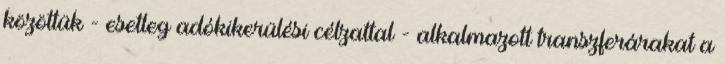
közöttük - esetleg adókikerülési célzattal - alkalmazott transzferárakat a